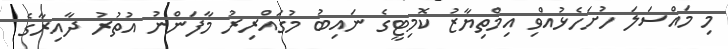
މި މައްސަލަ ހުށަހެޅުއްވި އިމްތިޔާޒު ކޮމިޓީގެ ނައިބު މުގައްރިރު މާފަންނު އުތުރު ދާއިރާގެ